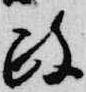
政